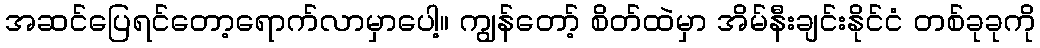
အဆင်ပြေရင်တော့ရောက်လာမှာပေါ့။ ကျွန်တော့် စိတ်ထဲမှာ အိမ်နီးချင်းနိုင်ငံ တစ်ခုခုကို